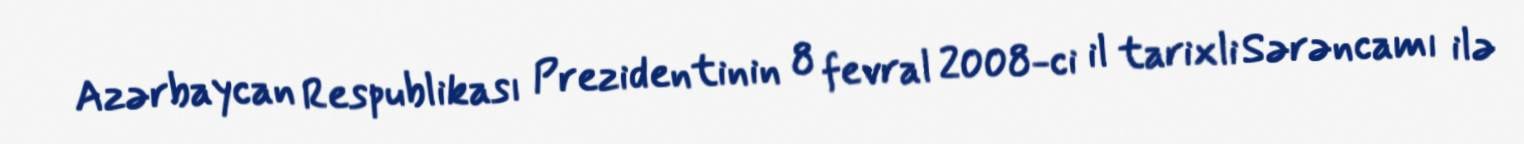
Azərbaycan Respublikası Prezidentinin 8 fevral 2008-ci il tarixli Sərəncamı ilə